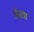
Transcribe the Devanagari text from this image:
भैरवा